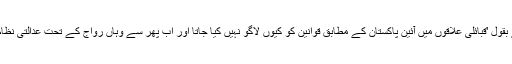
نوشین فاطمہ کے بقول 'قبائلی علاقوں میں آئین پاکستان کے مطابق قوانین کو کیوں لاگو نہیں کیا جاتا اور اب پھر سے وہاں رواج کے تحت عدالتی نظام بنایا جا رہا ہے۔